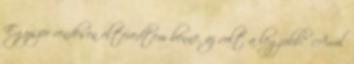
Egyszer rendesen eltévedtem benne, az volt a legjobb.” Arról